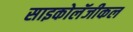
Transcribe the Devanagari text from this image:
साइकोलॅजीकल